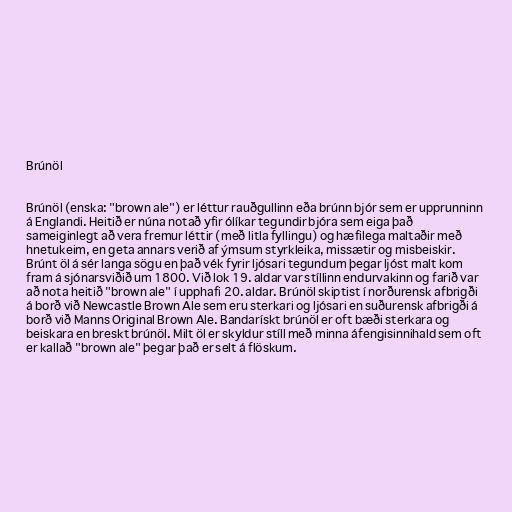
Brúnöl

Brúnöl (enska: "brown ale") er léttur rauðgullinn eða brúnn bjór sem er upprunninn
á Englandi. Heitið er núna notað yfir ólíkar tegundir bjóra sem eiga það
sameiginlegt að vera fremur léttir (með litla fyllingu) og hæfilega maltaðir með
hnetukeim, en geta annars verið af ýmsum styrkleika, missætir og misbeiskir.
Brúnt öl á sér langa sögu en það vék fyrir ljósari tegundum þegar ljóst malt kom
fram á sjónarsviðið um 1800. Við lok 19. aldar var stíllinn endurvakinn og farið var
að nota heitið "brown ale" í upphafi 20. aldar. Brúnöl skiptist í norðurensk afbrigði
á borð við Newcastle Brown Ale sem eru sterkari og ljósari en suðurensk afbrigði á
borð við Manns Original Brown Ale. Bandarískt brúnöl er oft bæði sterkara og
beiskara en breskt brúnöl. Milt öl er skyldur stíll með minna áfengisinnihald sem oft
er kallað "brown ale" þegar það er selt á flöskum.